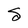
Character: S